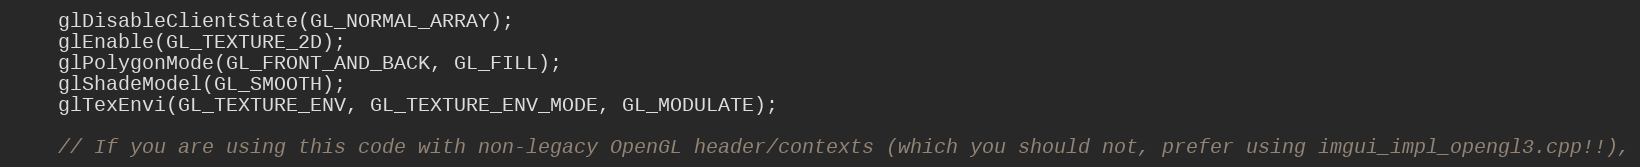
Language: C++
    glDisableClientState(GL_NORMAL_ARRAY);
    glEnable(GL_TEXTURE_2D);
    glPolygonMode(GL_FRONT_AND_BACK, GL_FILL);
    glShadeModel(GL_SMOOTH);
    glTexEnvi(GL_TEXTURE_ENV, GL_TEXTURE_ENV_MODE, GL_MODULATE);

    // If you are using this code with non-legacy OpenGL header/contexts (which you should not, prefer using imgui_impl_opengl3.cpp!!),